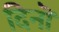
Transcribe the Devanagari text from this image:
दिनॊं